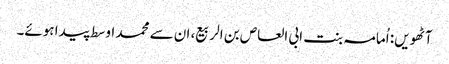
آٹھویں: اُمامہ بنت ابی العاص بن الربیع، ان سے محمد اوسط پیدا ہوئے۔